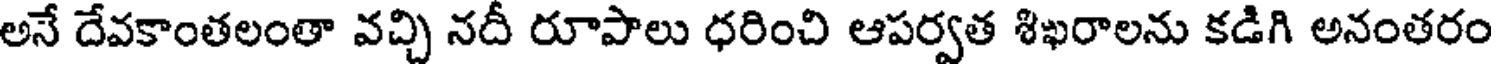
అనే దేవకాంతలంతా వచ్చి నదీ రూపాలు ధరించి ఆపర్వత శిఖరాలను కడిగి అనంతరం